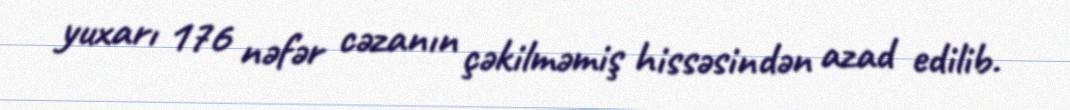
yuxarı 176 nəfər cəzanın çəkilməmiş hissəsindən azad edilib.